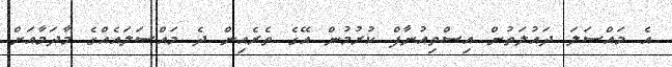
އެ މައްސަލަ ދައުލަތުން އިސްތިއުނާފް ކުރުމުން އޭގެ ތެރެއިން ދެ މައްސަލައެއްގެ މާދަމާއަށް